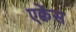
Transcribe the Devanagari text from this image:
एक्वेंस